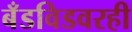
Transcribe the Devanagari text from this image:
बँडविडवरही